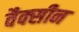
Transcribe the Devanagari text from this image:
वैक्‍सीन